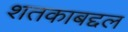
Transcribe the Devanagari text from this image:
शतकाबद्दल